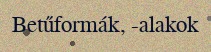
Betűformák, -alakok